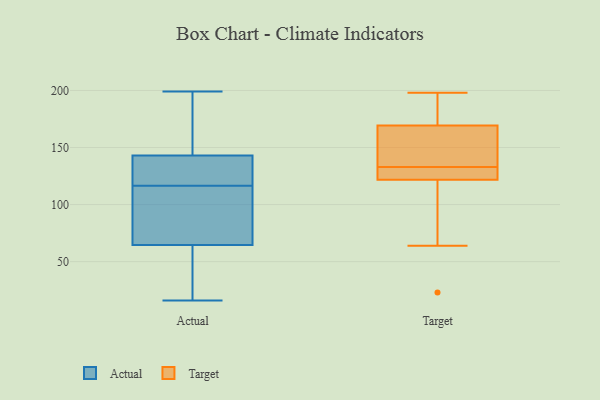
{"axis": {"x": "Inventory Turnover", "y": "Value"}, "legend": ["Actual", "Target"], "data": [{"x": "", "y": 66, "type": "Actual"}, {"x": "", "y": 93, "type": "Actual"}, {"x": "", "y": 105, "type": "Actual"}, {"x": "", "y": 118, "type": "Actual"}, {"x": "", "y": 45, "type": "Actual"}, {"x": "", "y": 115, "type": "Actual"}, {"x": "", "y": 28, "type": "Actual"}, {"x": "", "y": 189, "type": "Actual"}, {"x": "", "y": 132, "type": "Actual"}, {"x": "", "y": 63, "type": "Actual"}, {"x": "", "y": 197, "type": "Actual"}, {"x": "", "y": 51, "type": "Actual"}, {"x": "", "y": 110, "type": "Actual"}, {"x": "", "y": 16, "type": "Actual"}, {"x": "", "y": 199, "type": "Actual"}, {"x": "", "y": 121, "type": "Actual"}, {"x": "", "y": 164, "type": "Actual"}, {"x": "", "y": 154, "type": "Actual"}, {"x": "", "y": 119, "type": "Actual"}, {"x": "", "y": 121, "type": "Actual"}, {"x": "", "y": 128, "type": "Target"}, {"x": "", "y": 155, "type": "Target"}, {"x": "", "y": 185, "type": "Target"}, {"x": "", "y": 164, "type": "Target"}, {"x": "", "y": 125, "type": "Target"}, {"x": "", "y": 23, "type": "Target"}, {"x": "", "y": 133, "type": "Target"}, {"x": "", "y": 190, "type": "Target"}, {"x": "", "y": 142, "type": "Target"}, {"x": "", "y": 198, "type": "Target"}, {"x": "", "y": 112, "type": "Target"}, {"x": "", "y": 132, "type": "Target"}, {"x": "", "y": 64, "type": "Target"}]}